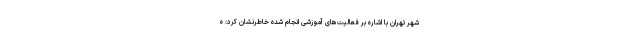
شهر تهران با اشاره بر فعالیت‌های آموزشی انجام شده خاطرنشان کرد: ه